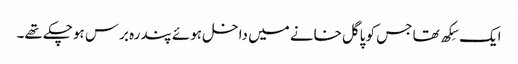
ایک سِکھ تھا جس کو پاگل خانے میں داخل ہوئے پندرہ برس ہوچکے تھے۔